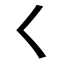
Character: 𡿨